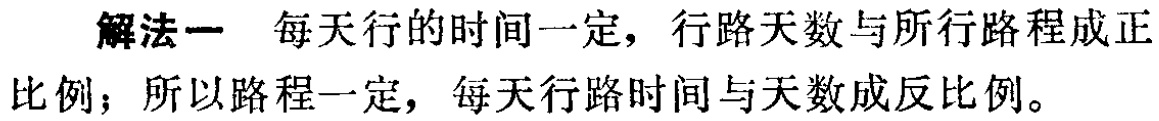
解法一 每天行的时间一定，行路天数与所行路程成正比例；所以路程一定，每天行路时间与天数成反比例。